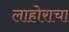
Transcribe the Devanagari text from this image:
लाहोराचा